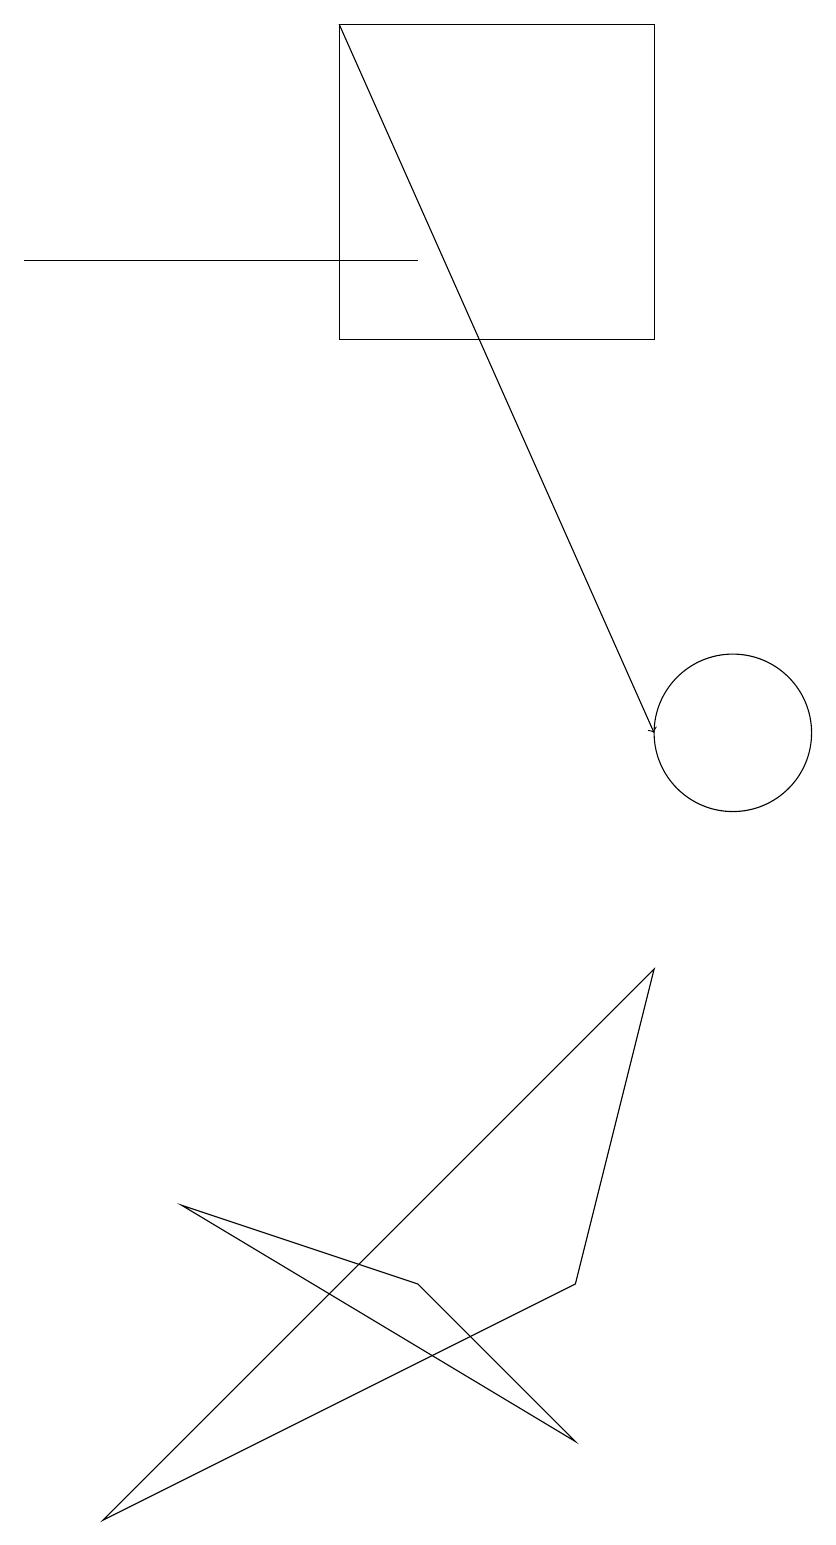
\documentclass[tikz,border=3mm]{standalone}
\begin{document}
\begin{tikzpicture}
\draw (1,16) rectangle (6,16);
\draw (9,15) rectangle (5,19);
\draw (3,4) -- (6,3) -- (8,1) -- cycle;
\draw (11,11) circle (0);
\draw (8,3) -- (2,0) -- (9,7) -- cycle;
\draw (10,10) circle (1);
\draw[->] (5,19) -- (9,10);
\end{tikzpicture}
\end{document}